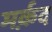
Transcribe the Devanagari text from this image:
मर्क़द